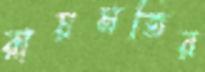
রায়মতির